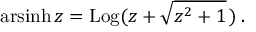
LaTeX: \operatorname { a r s i n h } z = \operatorname { L o g } ( z + { \sqrt { z ^ { 2 } + 1 } } \, ) \, .